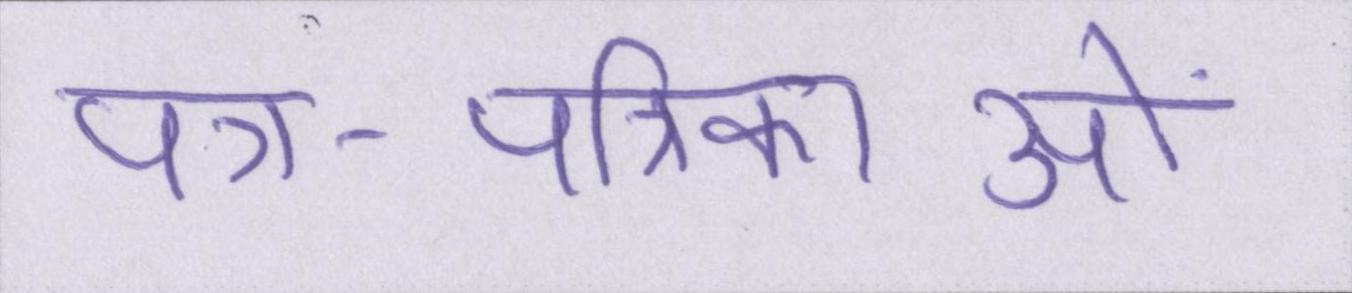
पत्र-पत्रिकाओं